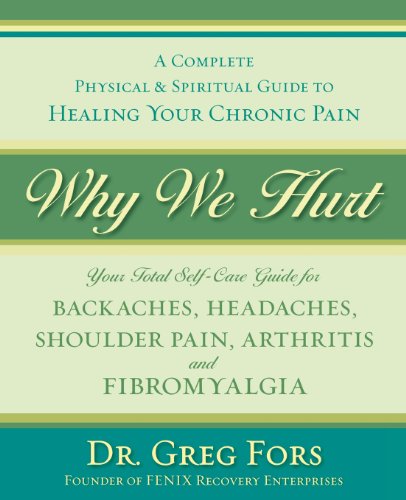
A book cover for Why We Hurt: A Complete Physical & Spiritual Guide to Healing Your Chronic Pain; Dr Greg Fors; Health, Fitness & Dieting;